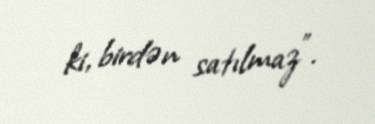
ki, birdən satılmaz”.